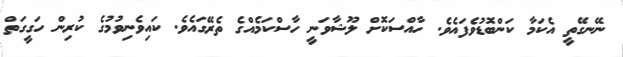
ނޭނގޭތީ އެކަމާ ކަންބޮޑުވެފައެވެ. ހާއްސަކޮށް ލޫޝާވަނީ ހާސްކަމެއްގެ ތެރޭގައެވެ. ކައިވެނިވުމުގެ ކުރިން ހަގީގަތް